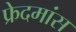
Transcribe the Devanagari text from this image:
फ्रेदमांस